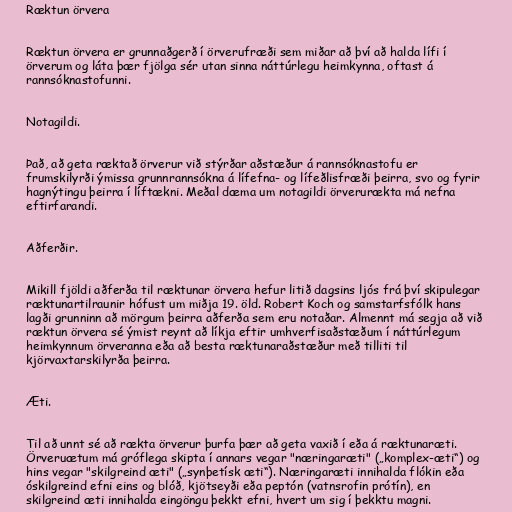
Ræktun örvera

Ræktun örvera er grunnaðgerð í örverufræði sem miðar að því að halda lífi í
örverum og láta þær fjölga sér utan sinna náttúrlegu heimkynna, oftast á
rannsóknastofunni.

Notagildi.

Það, að geta ræktað örverur við stýrðar aðstæður á rannsóknastofu er
frumskilyrði ýmissa grunnrannsókna á lífefna- og lífeðlisfræði þeirra, svo og fyrir
hagnýtingu þeirra í líftækni. Meðal dæma um notagildi örverurækta má nefna
eftirfarandi.

Aðferðir.

Mikill fjöldi aðferða til ræktunar örvera hefur litið dagsins ljós frá því skipulegar
ræktunartilraunir hófust um miðja 19. öld. Robert Koch og samstarfsfólk hans
lagði grunninn að mörgum þeirra aðferða sem eru notaðar. Almennt má segja að við
ræktun örvera sé ýmist reynt að líkja eftir umhverfisaðstæðum í náttúrlegum
heimkynnum örveranna eða að besta ræktunaraðstæður með tilliti til
kjörvaxtarskilyrða þeirra.

Æti.

Til að unnt sé að rækta örverur þurfa þær að geta vaxið í eða á ræktunaræti.
Örveruætum má gróflega skipta í annars vegar "næringaræti" („komplex-æti“) og
hins vegar "skilgreind æti" („synþetísk æti“). Næringaræti innihalda flókin eða
óskilgreind efni eins og blóð, kjötseyði eða peptón (vatnsrofin prótín), en
skilgreind æti innihalda eingöngu þekkt efni, hvert um sig í þekktu magni.